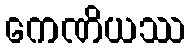
ကေဏိယဿ